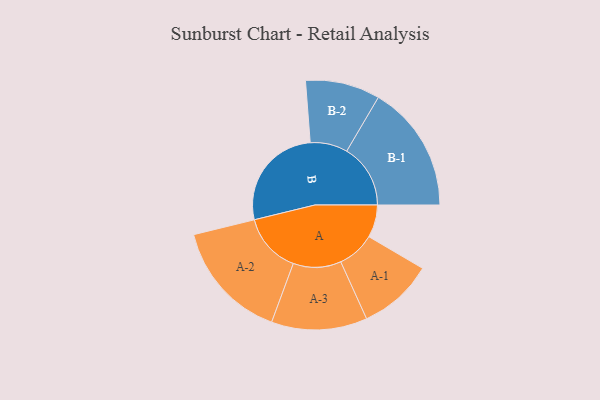
{"axis": {"x": "Segment", "y": "Value"}, "legend": ["", "A", "B"], "data": [{"x": "A", "y": 111, "type": ""}, {"x": "B", "y": 362, "type": ""}, {"x": "A-1", "y": 128, "type": "A"}, {"x": "A-2", "y": 204, "type": "A"}, {"x": "A-3", "y": 163, "type": "A"}, {"x": "B-1", "y": 217, "type": "B"}, {"x": "B-2", "y": 127, "type": "B"}]}